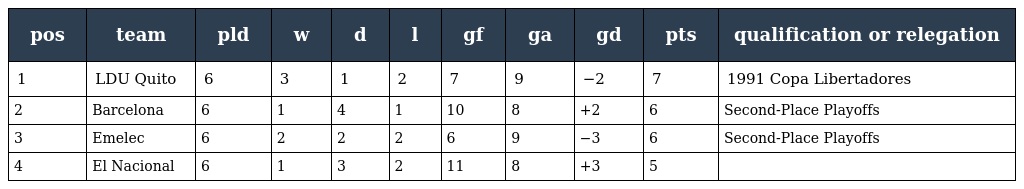
| pos | team | pld | w | d | l | gf | ga | gd | pts | qualification or relegation |
 | --- | --- | --- | --- | --- | --- | --- | --- | --- | --- | --- |
 | 1 | LDU Quito | 6 | 3 | 1 | 2 | 7 | 9 | −2 | 7 | 1991 Copa Libertadores |
 | 2 | Barcelona | 6 | 1 | 4 | 1 | 10 | 8 | +2 | 6 | Second-Place Playoffs |
 | 3 | Emelec | 6 | 2 | 2 | 2 | 6 | 9 | −3 | 6 | Second-Place Playoffs |
 | 4 | El Nacional | 6 | 1 | 3 | 2 | 11 | 8 | +3 | 5 |  |